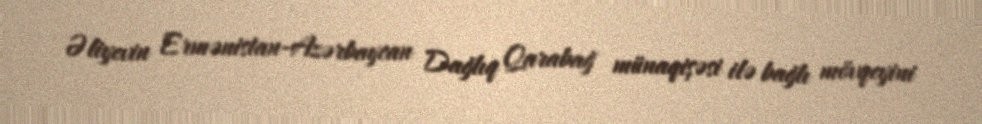
Əliyevin Ermənistan-Azərbaycan Dağlıq Qarabağ münaqişəsi ilə bağlı mövqeyini